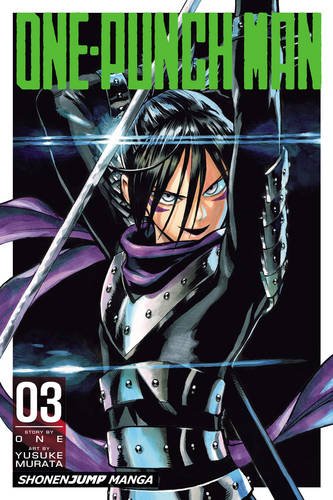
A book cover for One-Punch Man, Vol. 3; ONE; Comics & Graphic Novels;